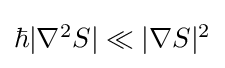
{\textstyle \hbar |\nabla ^{2}S|\ll |\nabla S|^{2}}